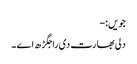
جویں:-
دلی بھارت دی راجگڑھ اے ۔